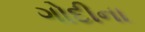
ગોદીના